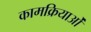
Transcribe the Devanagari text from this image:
कामक्रियाओं